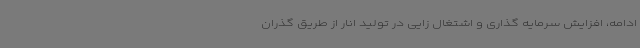
ادامه، افزایش سرمایه گذاری و اشتغال زایی در تولید انار از طریق گذران